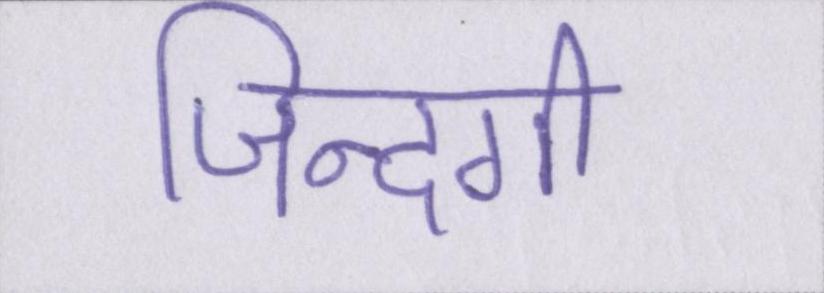
जिन्दगी